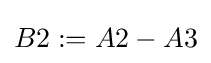
B2:=A2-A3